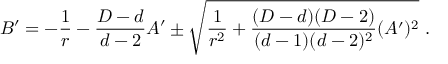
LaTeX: B ^ { \prime } = - { \frac { 1 } { r } } - { \frac { D - d } { d - 2 } } A ^ { \prime } \pm \sqrt { { \frac { 1 } { r ^ { 2 } } } + { \frac { ( D - d ) ( D - 2 ) } { ( d - 1 ) ( d - 2 ) ^ { 2 } } } ( A ^ { \prime } ) ^ { 2 } } ~ .